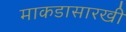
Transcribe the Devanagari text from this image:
माकडासारखी